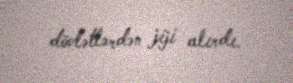
dövlətlərdən jiji alırdı.